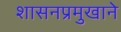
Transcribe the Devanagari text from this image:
शासनप्रमुखाने